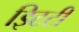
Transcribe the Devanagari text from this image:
इिटटी